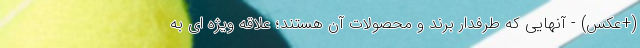
(+عکس) - آنهایی که طرفدار برند و محصولات آن هستند؛ علاقه ویژه ای به